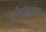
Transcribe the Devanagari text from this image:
द्वेषांबद्दल